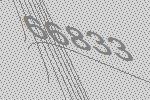
66833